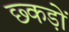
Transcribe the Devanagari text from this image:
छ्कड़ों